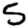
Digit: 5